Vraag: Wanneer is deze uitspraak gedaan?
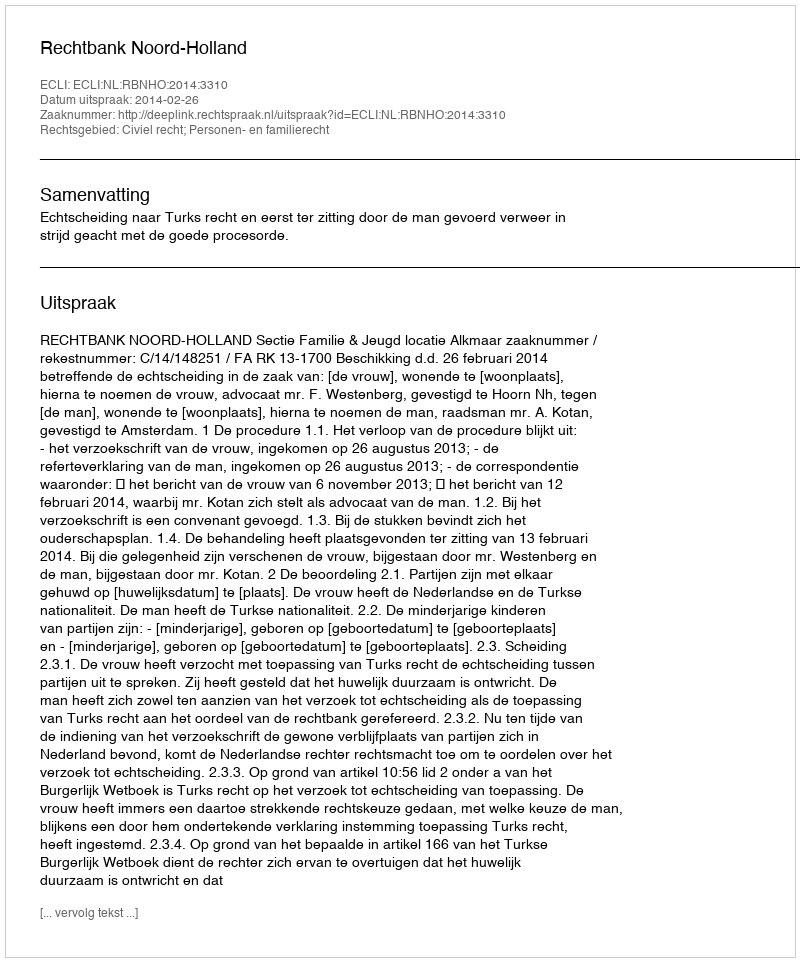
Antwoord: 2014-02-26